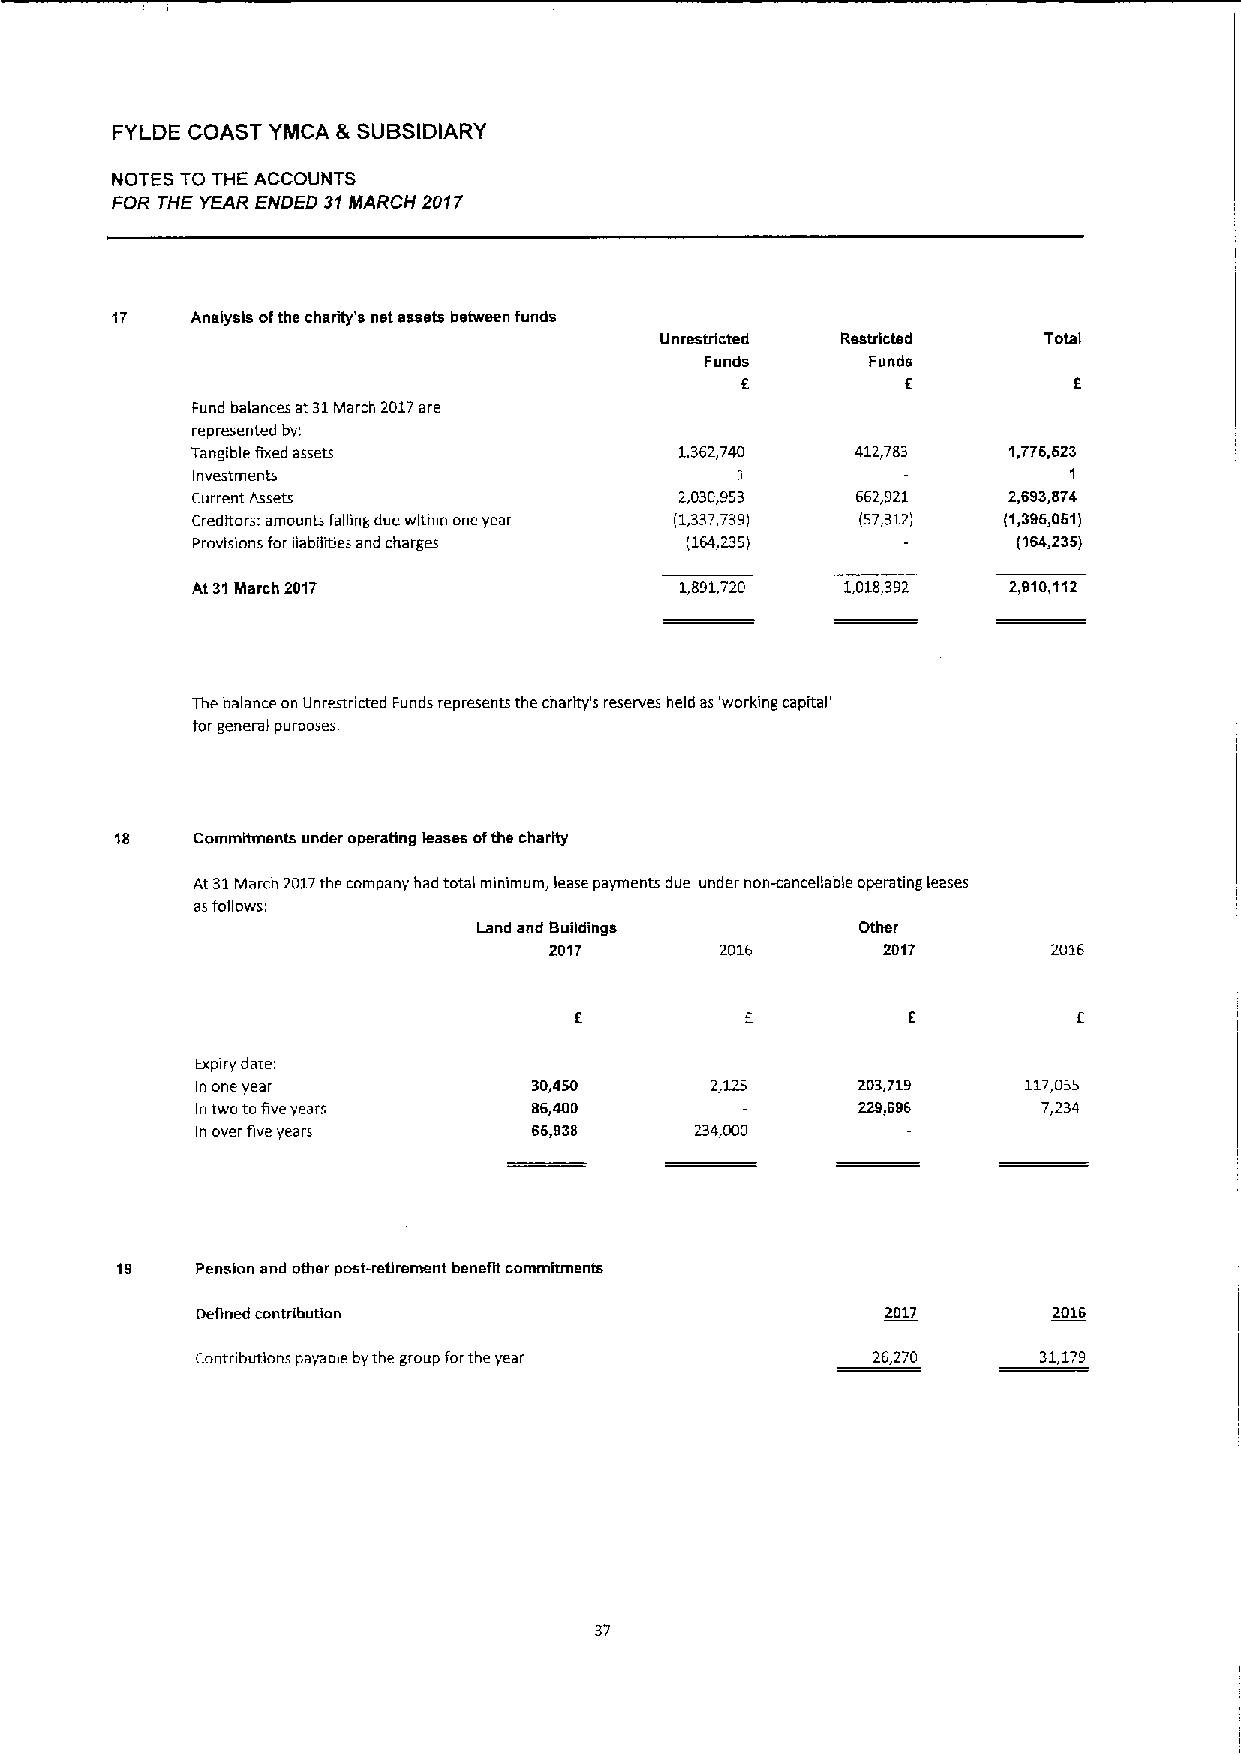
FYLDE COAST YINCA &SUBSIDIARY
 NOTES TO THE ACCOUNTS
 FOR THE YEAR ENDED 31MARCH 2017
 17    Analysis ofthe charity's net assets between funds
 Unrestricted Restricted  Total
 Funds      Funds
 E
 Fund balances at 31March 2017are
 represented by;
 Tangible fixed assets           1,362,740   412,783   1,776,623
 Investments                         1                     1
 Current Assets                  2,030,953   662,921   2,693,874
 Creditors: amounts falling due within one year (1,337,739) (57,312) (1,396,061)
 Provisions for liabiTmes and charges (164,235)        (164,235)
 At31March 2017                  1,891,720  1,018,392  2,910,112
 The balance on Unrestricted Funds represents the charity's reserves held as'working capital'
 forgeneral purposes.
 18   Commitments under operating leases ofthe charity
 At 31March 2017the company had total mmimum, lease payments due under non-cancefiable operating leases
 asfofiowsi'
 Land and Buildings       Other
 2017        2016      2017        2016
 Expiry date:
 in one year           30,450                203,719    117,055
 in two tofive years   86,400                229,696     7,234
 In over five years    66,938     234,000
 19   Pension and other post-retirement benefit commitments
 Defined contribution                          2017       2016
 Contributions payable bythe group forthe year 26,270    31,179
 37